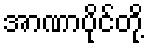
အာဏာပိုင်တို့